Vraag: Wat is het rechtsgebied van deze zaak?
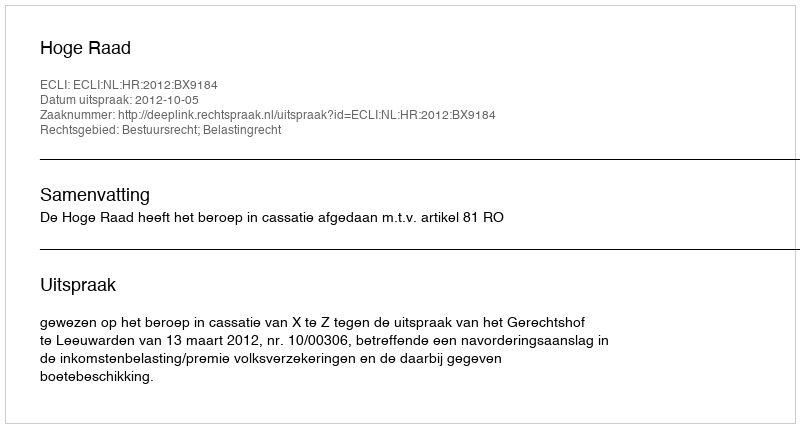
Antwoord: Bestuursrecht; Belastingrecht